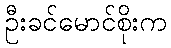
ဦးခင်မောင်စိုးက